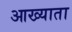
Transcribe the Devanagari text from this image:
आख्याता